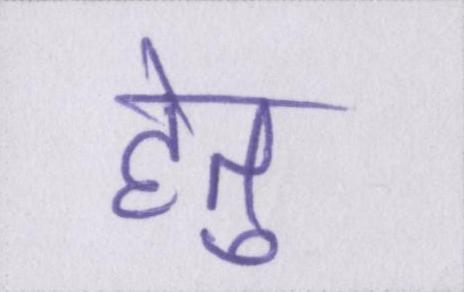
हेतु